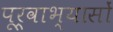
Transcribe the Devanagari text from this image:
पूर्वाभ्यासों